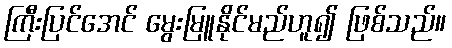
ကြီးပြင်အေင် မွေးမြူနိုင်မည်ဟူ၍ ဖြစ်သည်။